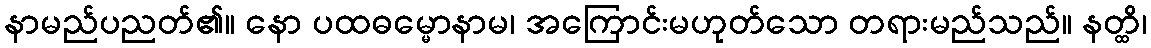
နာမည်ပညတ်၏။ နော ပထဓမ္မောနာမ၊ အကြောင်းမဟုတ်သော တရားမည်သည်။ နတ္ထိ၊